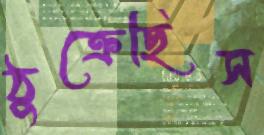
ঠুক্‌রেছিস